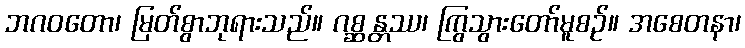
ဘဂဝတော၊ မြတ်စွာဘုရားသည်။ ဂစ္ဆန္တဿ၊ ကြွသွားတော်မူစဉ်။ အစေတနာ၊